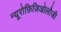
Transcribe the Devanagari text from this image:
न्यूरोफ़िज़िओलौजी